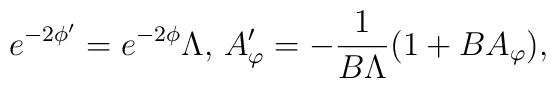
e^{-2\phi'} = e^{-2\phi} \Lambda,\, A'_{\varphi} =-\frac{1}{B\Lambda}(1+B A_{\varphi}),